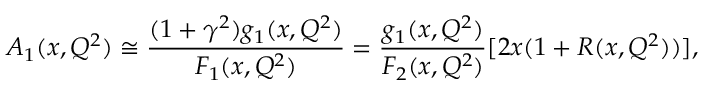
A _ { 1 } ( x , Q ^ { 2 } ) \cong \frac { ( 1 + \gamma ^ { 2 } ) g _ { 1 } ( x , Q ^ { 2 } ) } { F _ { 1 } ( x , Q ^ { 2 } ) } = \frac { g _ { 1 } ( x , Q ^ { 2 } ) } { F _ { 2 } ( x , Q ^ { 2 } ) } [ 2 x ( 1 + R ( x , Q ^ { 2 } ) ) ] ,